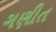
ગણીત